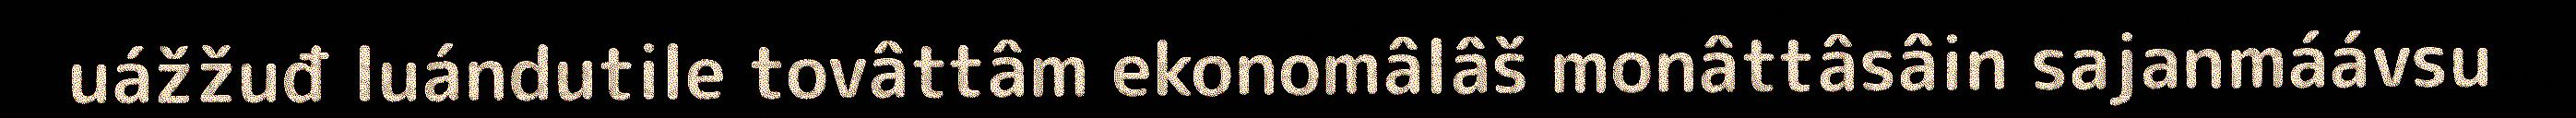
uážžuđ luándutile tovâttâm ekonomâlâš monâttâsâin sajanmáávsu